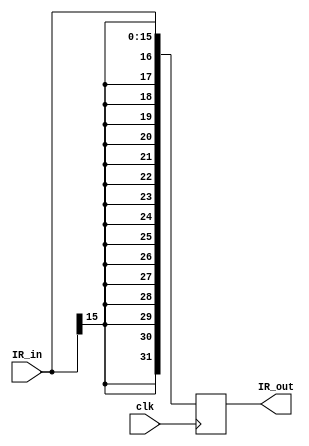
// Sign Extend Code for the IE stage
// This takes the last 16 bits of the IR (IR[15:0]) and takes the bit of IR[15] to extend it to 32 bits
// this happens on the clk


module SignExtend(
    output reg [31:0] IR_out,
    input [15:0] IR_in,
    input clk
    );
    
    always @(posedge clk)
        begin
            IR_out <= {{16{IR_in[15]}},IR_in[15:0]};
        end
            
endmodule